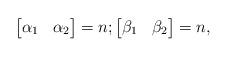
LaTeX: \begin{align*} \begin{bmatrix} \alpha_1 & \alpha_2 \end{bmatrix} = n; \begin{bmatrix} \beta_1 & \beta_2 \end{bmatrix} = n,\end{align*}